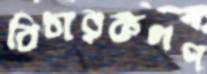
বিচারকগণ